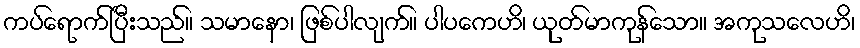
ကပ်ရောက်ပြီးသည်။ သမာနော၊ ဖြစ်ပါလျက်။ ပါပကေဟိ၊ ယုတ်မာကုန်သော။ အကုသလေဟိ၊